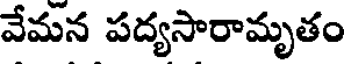
వేమన పద్యసారామృతం